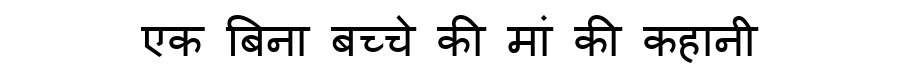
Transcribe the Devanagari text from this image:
एक बिना बच्चे की मां की कहानी